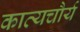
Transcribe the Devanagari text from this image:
काव्यचौर्य